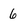
Character: 6